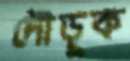
দৌড়ুক